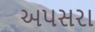
અપસરા